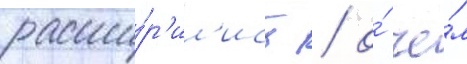
расши́р'ил'ись / о́ че́м